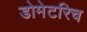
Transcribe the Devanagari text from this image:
डोमेटरिच